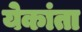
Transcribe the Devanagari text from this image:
येकांता